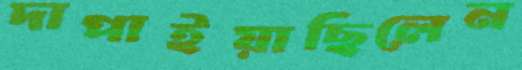
দাপাইয়াছিলেন